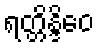
ရတ္တိန္ဒိဝေ